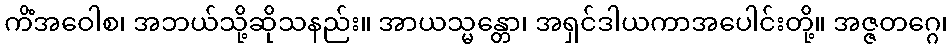
ကိံအဝေါစ၊ အဘယ်သို့ဆိုသနည်း။ အာယသ္မန္တော၊ အရှင်ဒါယကာအပေါင်းတို့။ အဇ္ဇတဂ္ဂေ၊